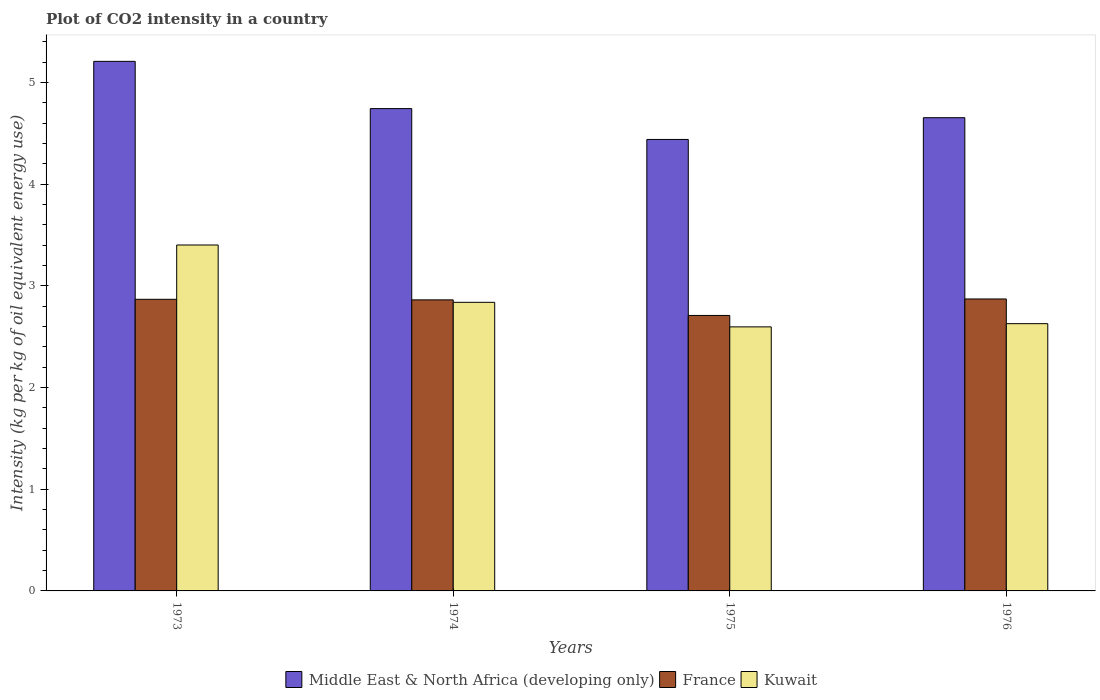
| Years | Middle East & North Africa (developing only) | France | Kuwait |
 | --- | --- | --- | --- |
 | 1973 | 5.21 | 2.87 | 3.4 |
 | 1974 | 4.74 | 2.86 | 2.84 |
 | 1975 | 4.44 | 2.71 | 2.6 |
 | 1976 | 4.65 | 2.87 | 2.63 |